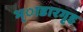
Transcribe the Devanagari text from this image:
भ्ाडारगृह